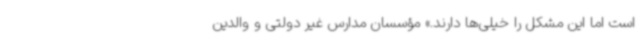
است اما این مشکل را خیلی‌ها دارند.» مؤسسان مدارس غیر دولتی و والدین